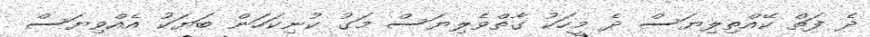
ދެ ފަތް ކޭއްތިލިޔަސް ދެ މީހަކު ގާތްވެލިޔަސް މަގު ކުނިކަހަން ބަޔަކު އެއްވިޔަސް